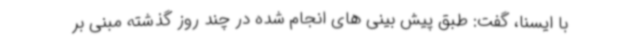
با ایسنا، گفت: طبق پیش بینی های انجام شده در چند روز گذشته مبنی بر